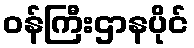
ဝန်ကြီးဌာနပိုင်